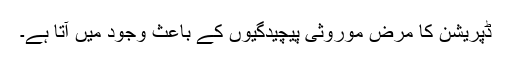
ڈپریشن کا مرض موروثی پیچیدگیوں کے باعث وجود میں آتا ہے۔